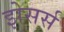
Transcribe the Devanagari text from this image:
झेसर्स